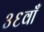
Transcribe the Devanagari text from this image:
३६वाँ